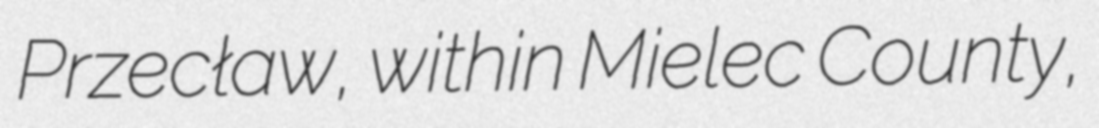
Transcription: Przecław, within Mielec County,